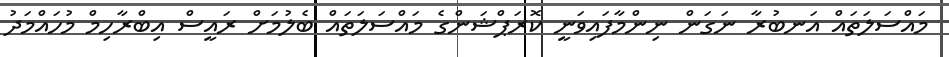
މައްސަލަތައް އަނބުރާ ނަގަން ނިންމާފައިވަނީ ކޮރަޕްޝަންގެ މައްސަލަތައް ބެލުމަށް ރައީސް އިބްރާހިމް މުހައްމަދު